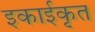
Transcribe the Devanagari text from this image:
इकाईकृत